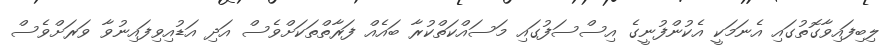
ލިބިފައިވާގޮތުގައި އެނަމަކީ އެކުންފުނީގެ އިސްސަފުގައި މަސައްކަތްކުރާ ބައެއް ފަރާތްތަކަށްވެސް އަދި އަޑުއިވިފައިނުވާ ވަަރަށްވެސް